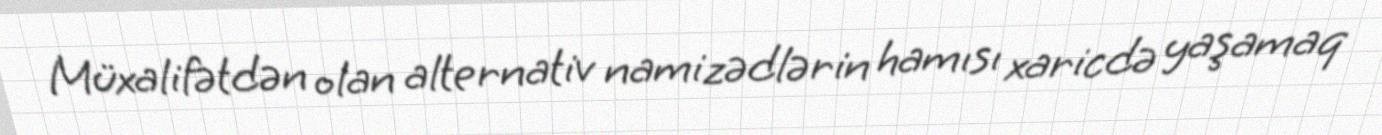
Müxalifətdən olan alternativ namizədlərin hamısı xaricdə yaşamaq